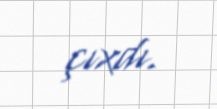
çıxdı.